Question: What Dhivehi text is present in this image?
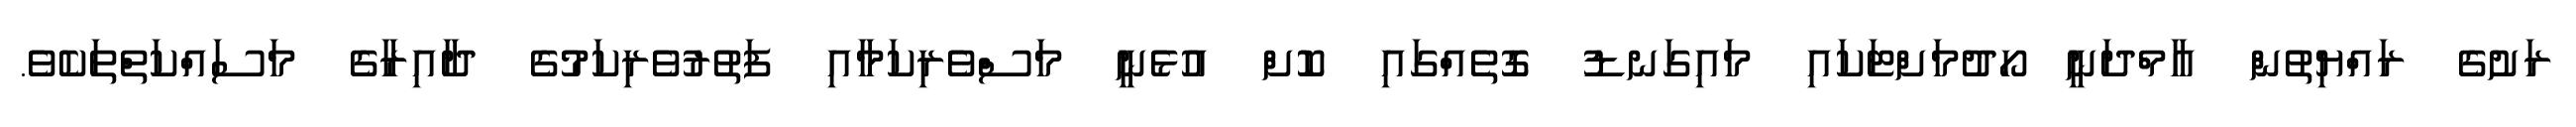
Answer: ރަށުގެ ރައްޔިތުން އާމްދަނީ ހޯދުމަށްޓަކައި މައިގަނޑު ގޮތެއްގައި ކޮށް އުޅެނީ މަސްވެރިކަމާއި ފަތުރުވެރިކަމުގެ ދާއިރާގެ މަސައްކަތްތަކެވެ.